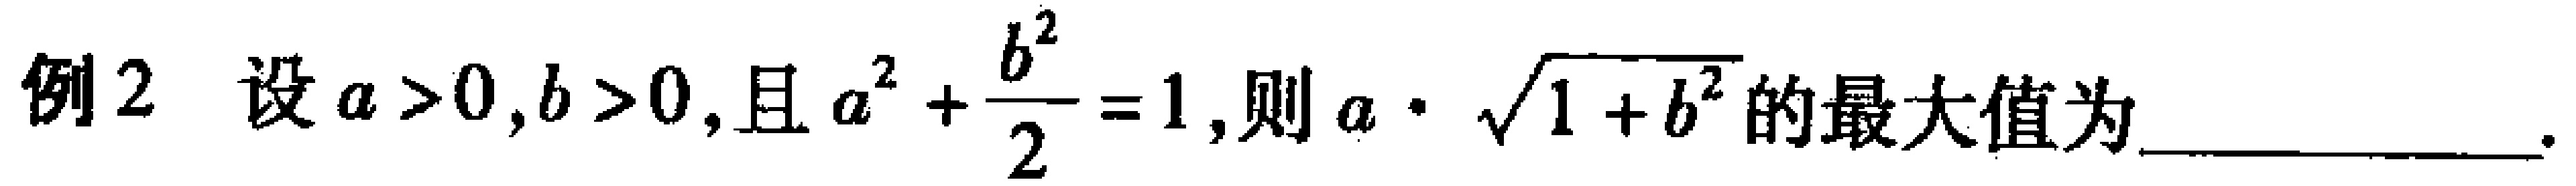
例2 设$a > 0,b > 0$,且$a^{2}+\dfrac{b^{2}}{2}=1$,则$a\cdot\sqrt{1 + b^{2}}$的最大值为_____________.